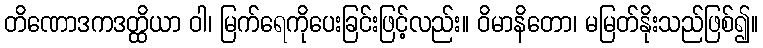
တိဏောဒကဒတ္ထိယာ ဝါ၊ မြက်ရေကိုပေးခြင်းဖြင့်လည်း။ ဝိမာနိတော၊ မမြတ်နိုးသည်ဖြစ်၍။